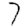
Digit: 7